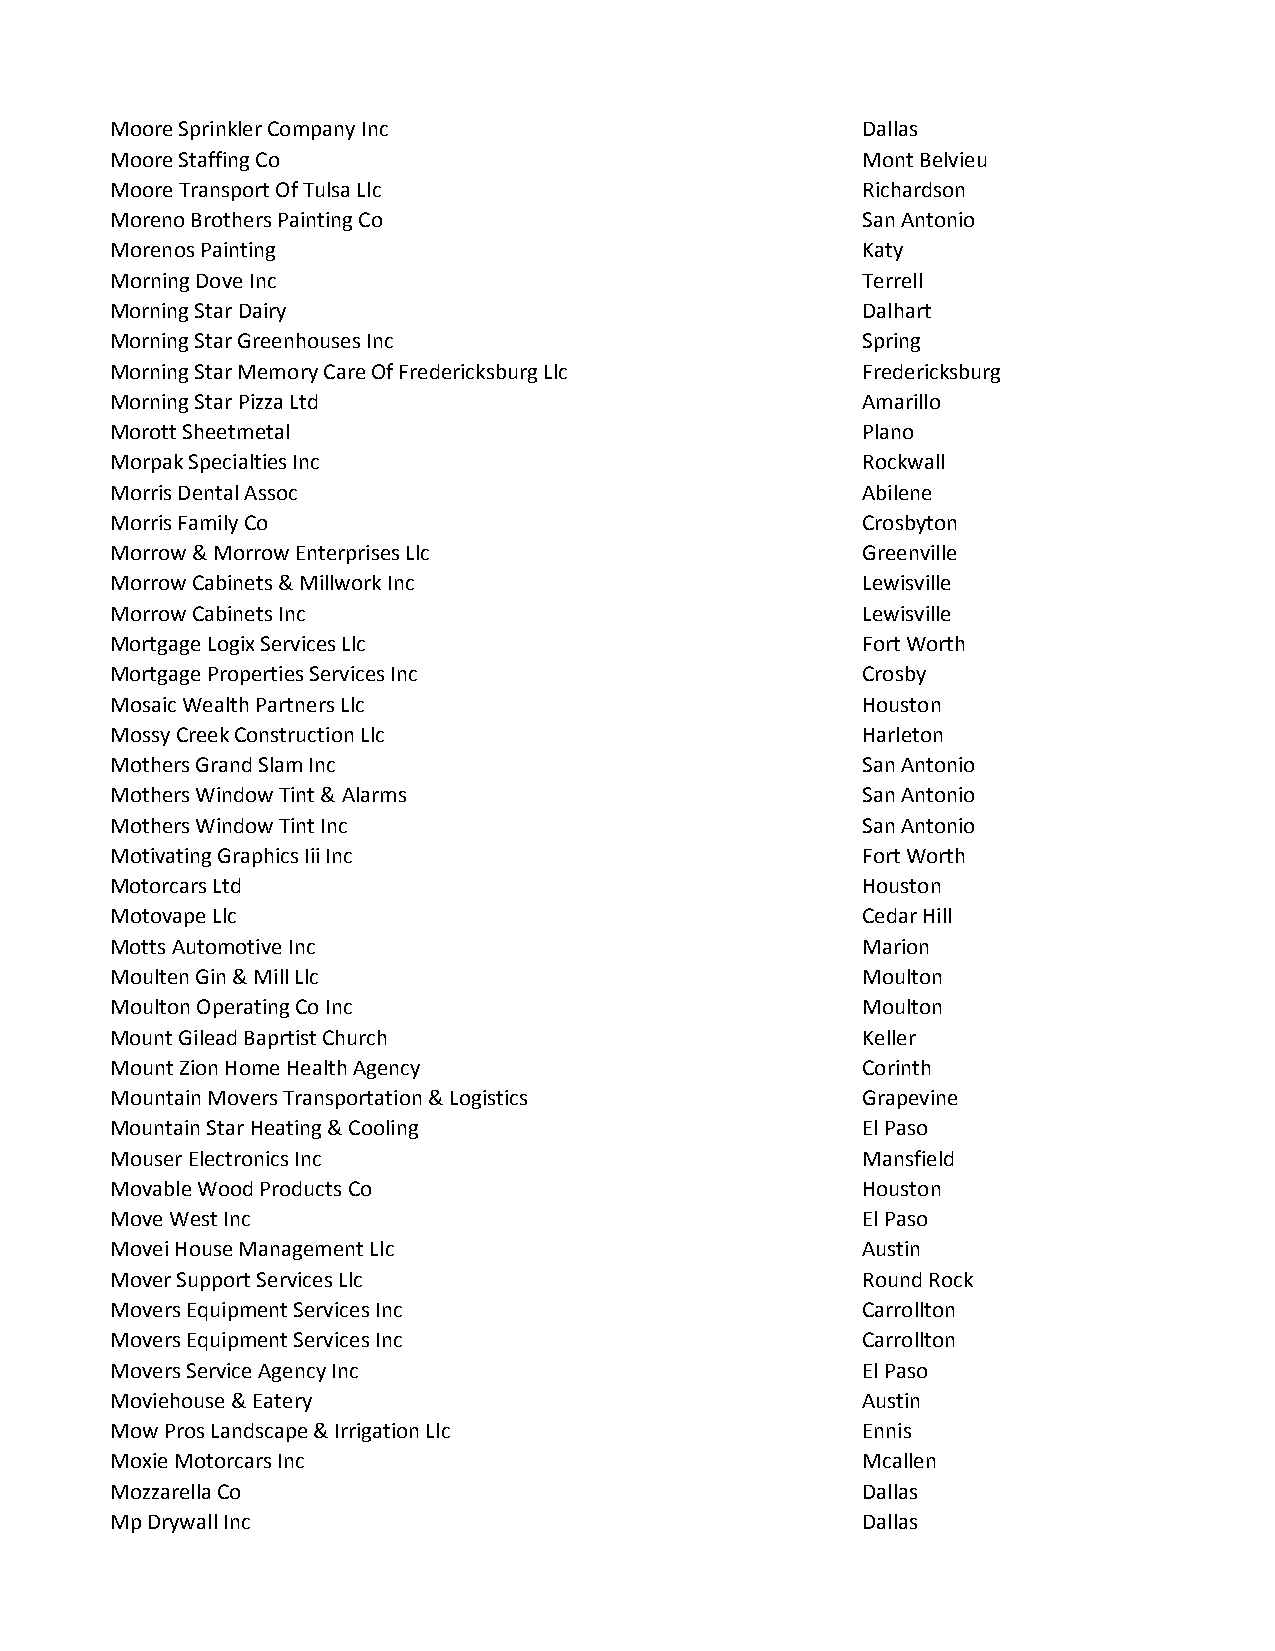
Moore Sprinkler Company Inc                       Dallas
 Moore Staffing Co                                 Mont Belvieu
 Moore Transport Of Tulsa Llc                      Richardson
 Moreno Brothers Painting Co                       San Antonio
 Morenos Painting                                  Katy
 Morning Dove Inc                                  Terrell
 Morning Star Dairy                                Dalhart
 Morning Star Greenhouses Inc                      Spring
 Morning Star Memory Care Of Fredericksburg Llc    Fredericksburg
 Morning Star Pizza Ltd                            Amarillo
 Morott Sheetmetal                                 Plano
 Morpak Specialties Inc                            Rockwall
 Morris Dental Assoc                               Abilene
 Morris Family Co                                  Crosbyton
 Morrow & Morrow Enterprises Llc                   Greenville
 Morrow Cabinets & Millwork Inc                    Lewisville
 Morrow Cabinets Inc                               Lewisville
 Mortgage Logix Services Llc                       Fort Worth
 Mortgage Properties Services Inc                  Crosby
 Mosaic Wealth Partners Llc                        Houston
 Mossy Creek Construction Llc                      Harleton
 Mothers Grand Slam Inc                            San Antonio
 Mothers Window Tint & Alarms                      San Antonio
 Mothers Window Tint Inc                           San Antonio
 Motivating Graphics Iii Inc                       Fort Worth
 Motorcars Ltd                                     Houston
 Motovape Llc                                      Cedar Hill
 Motts Automotive Inc                              Marion
 Moulten Gin & Mill Llc                            Moulton
 Moulton Operating Co Inc                          Moulton
 Mount Gilead Baprtist Church                      Keller
 Mount Zion Home Health Agency                     Corinth
 Mountain Movers Transportation & Logistics        Grapevine
 Mountain Star Heating & Cooling                   El Paso
 Mouser Electronics Inc                            Mansfield
 Movable Wood Products Co                          Houston
 Move West Inc                                     El Paso
 Movei House Management Llc                        Austin
 Mover Support Services Llc                        Round Rock
 Movers Equipment Services Inc                     Carrollton
 Movers Equipment Services Inc                     Carrollton
 Movers Service Agency Inc                         El Paso
 Moviehouse & Eatery                               Austin
 Mow Pros Landscape & Irrigation Llc               Ennis
 Moxie Motorcars Inc                               Mcallen
 Mozzarella Co                                     Dallas
 Mp Drywall Inc                                    Dallas